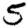
Digit: 5